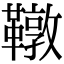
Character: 䪃